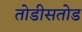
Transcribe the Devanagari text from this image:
तोडीसतोड